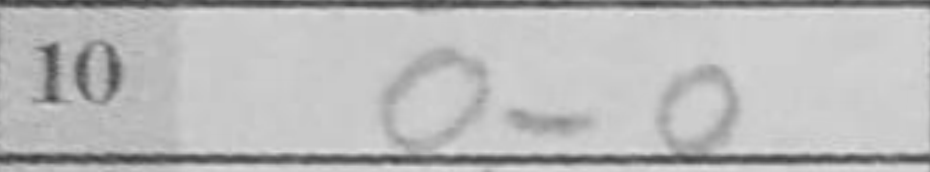
Transcription: O-O